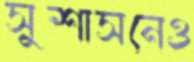
সুশাসনেও